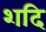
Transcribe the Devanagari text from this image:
शदि